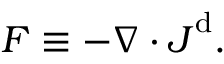
F \equiv - \nabla \cdot \boldsymbol { J } ^ { \mathrm { d } } .